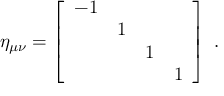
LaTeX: \eta _ { \mu \nu } = \left[ \begin{array} { c c c c } { { - 1 } } & { { \hfil } } & { { \hfil } } & { { \hfil } } \\ { { \hfil } } & { { 1 } } & { { \hfil } } & { { \hfil } } \\ { { \hfil } } & { { \hfil } } & { { 1 } } & { { \hfil } } \\ { { \hfil } } & { { \hfil } } & { { \hfil } } & { { 1 } } \end{array} \right] ~ .